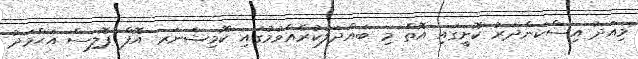
މިއަދު އިސްކަންދަރު ކޮށީގައި އޮތް މި ބައްދަލުކުރެއްވުމުގައި ކޮމިޝަނަރ އޮފް ޕޮލިސް އަޙްމަދު